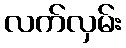
လက်လှမ်း